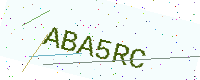
Text: ABA5RC